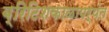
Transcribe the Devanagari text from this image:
ब्रिटिशकाळापर्यंत